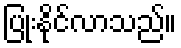
ပြုံးနိုင်လာသည်။